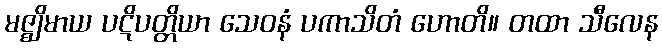
မဇ္ဈိမာယ ပဋိပတ္တိယာ သေဝနံ ပကာသိတံ ဟောတိ။ တထာ သီလေန